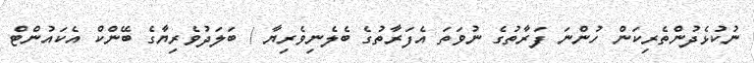
ނުކުޅެދުންތެރިކަން ހުންނަ ފަރާތުގެ ނުވަތަ އެފަރާތުގެ ބެލެނިވެރިޔާ / ބަލަދުވެރިޔާގެ ބޭންކް އެކައުންޓް